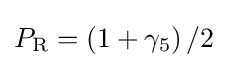
P_{\text{R}}=\left(1+\gamma _{5}\right)/2